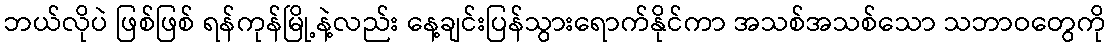
ဘယ်လိုပဲ ဖြစ်ဖြစ် ရန်ကုန်မြို့နဲ့လည်း နေ့ချင်းပြန်သွားရောက်နိုင်ကာ အသစ်အသစ်သော သဘာဝတွေကို